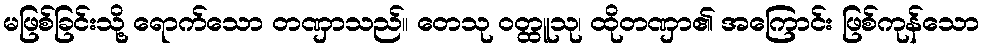
မဖြစ်ခြင်းသို့ ရောက်သော တဏှာသည်။ တေသု ဝတ္ထူသု၊ ထိုတဏှာ၏ အကြောင်း ဖြစ်ကုန်သော